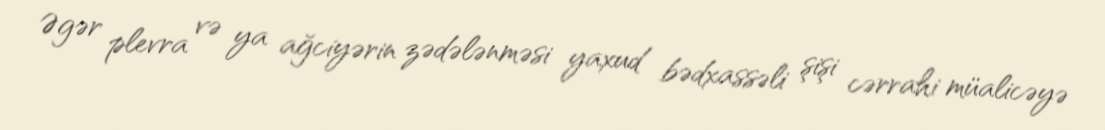
Əgər plevra və ya ağciyərin zədələnməsi yaxud bədxassəli şişi cərrahi müalicəyə